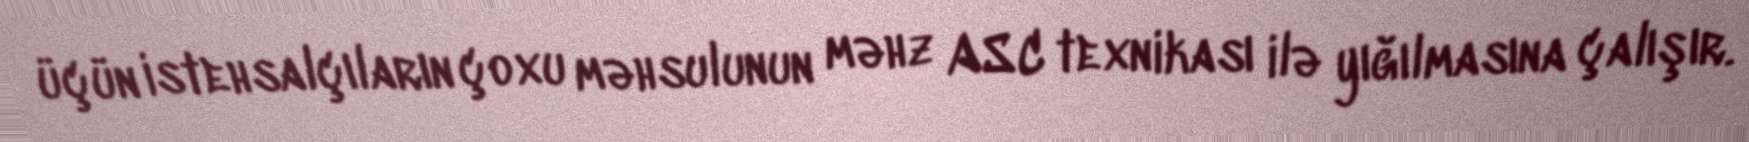
üçün istehsalçıların çoxu məhsulunun məhz ASC texnikası ilə yığılmasına çalışır.